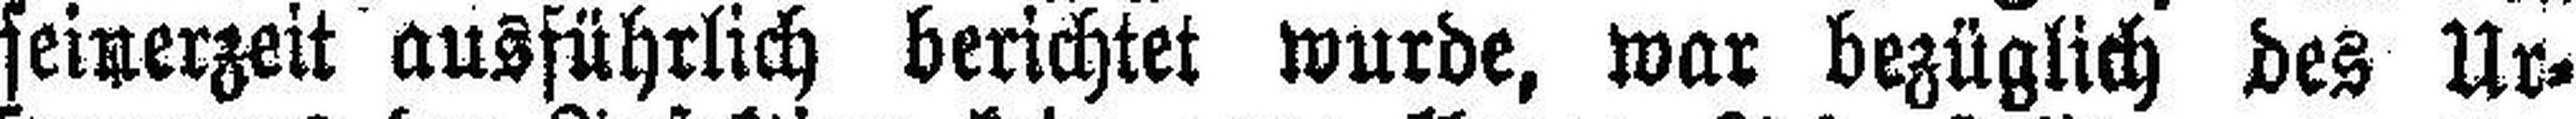
seinerzeit ausführlich berichtet wurde, war bezüglich des Ur¬